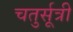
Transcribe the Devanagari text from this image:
चतुर्सूत्री